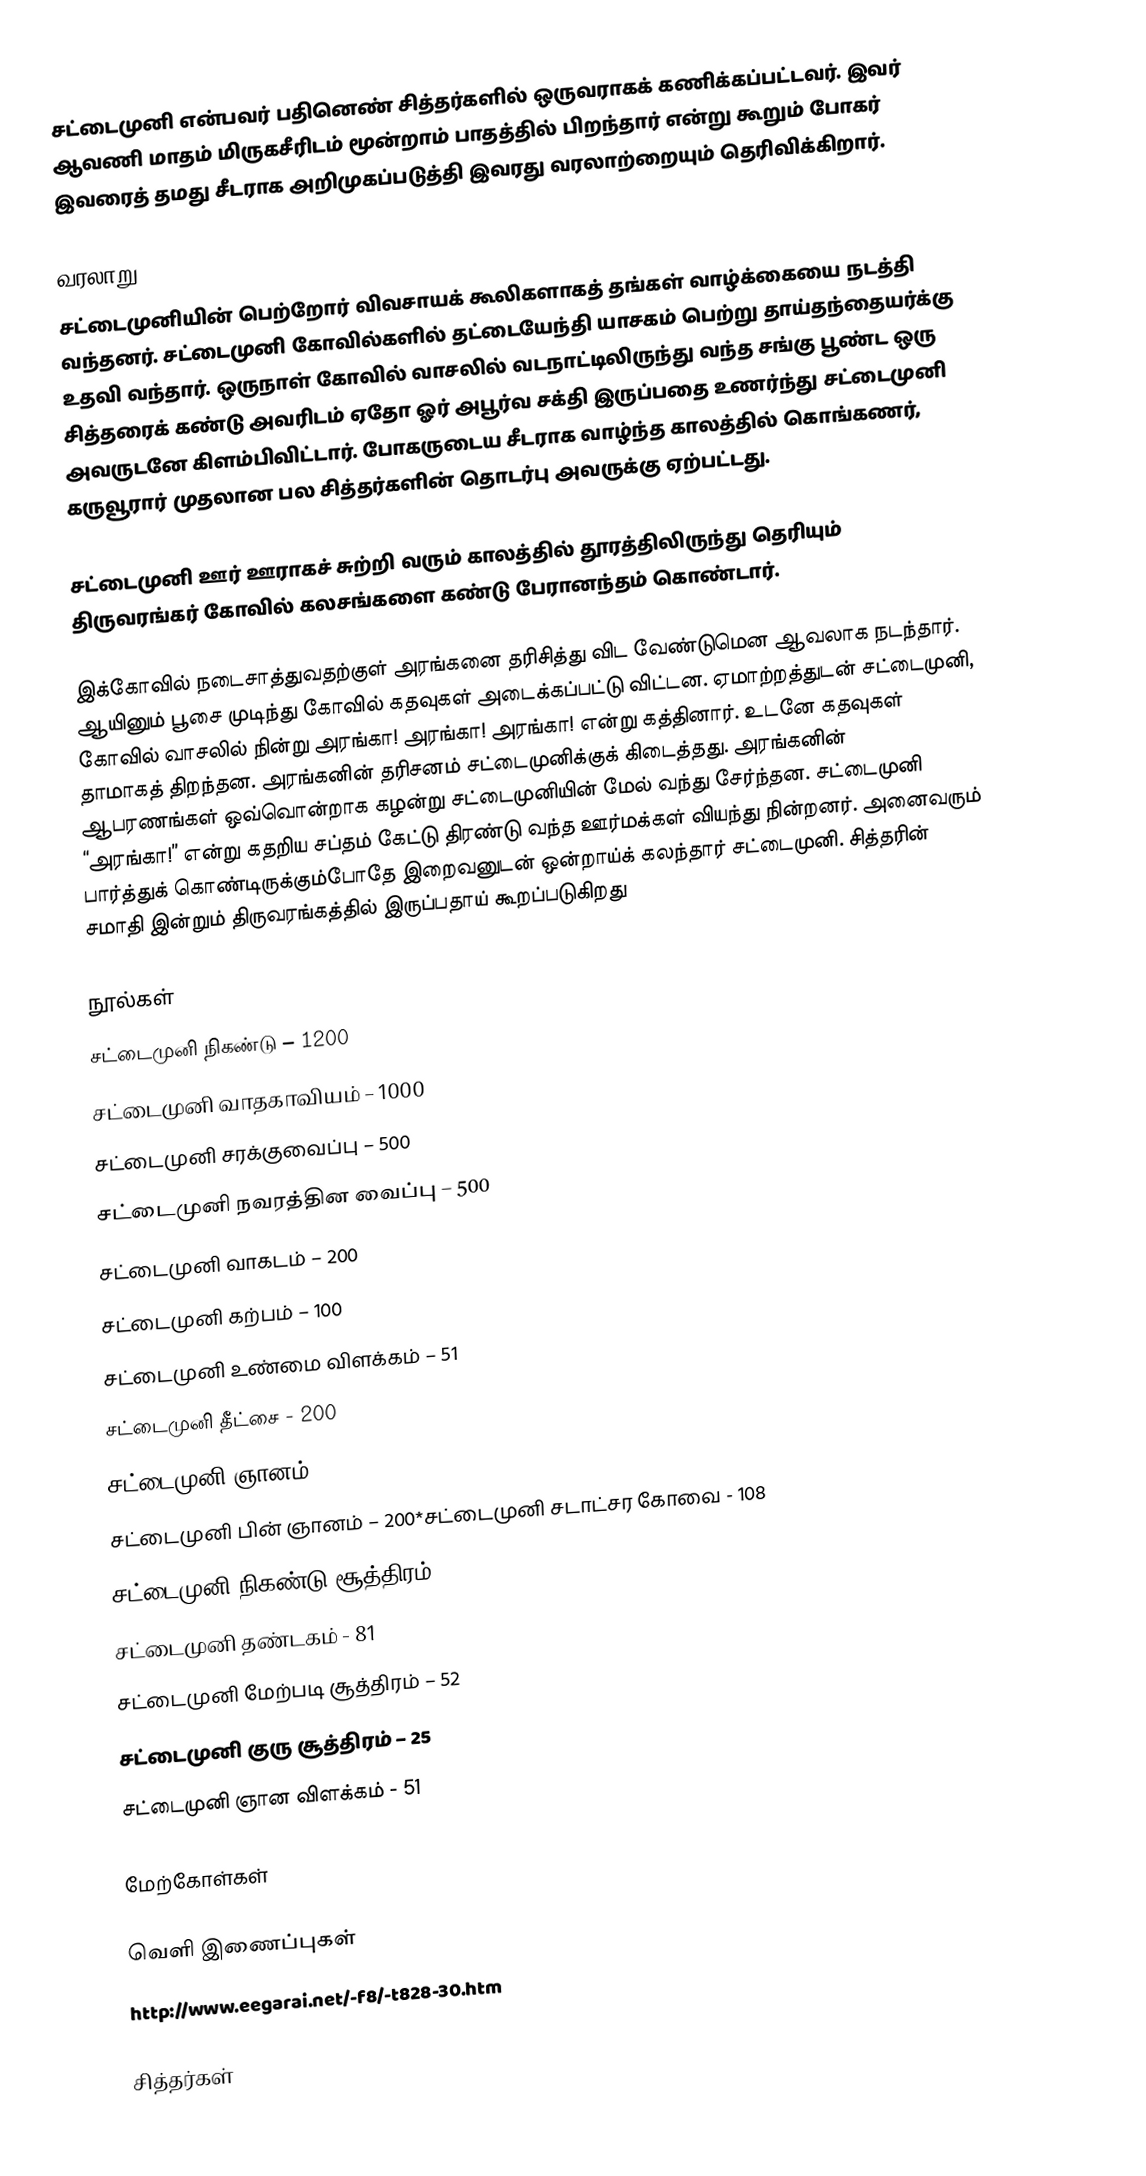
சட்டைமுனி என்பவர் பதினெண் சித்தர்களில் ஒருவராகக் கணிக்கப்பட்டவர். இவர் ஆவணி மாதம் மிருகசீரிடம் மூன்றாம் பாதத்தில் பிறந்தார்  என்று கூறும் போகர் இவரைத் தமது சீடராக அறிமுகப்படுத்தி இவரது வரலாற்றையும் தெரிவிக்கிறார்.

வரலாறு
சட்டைமுனியின் பெற்றோர் விவசாயக் கூலிகளாகத் தங்கள் வாழ்க்கையை நடத்தி வந்தனர். சட்டைமுனி கோவில்களில் தட்டையேந்தி யாசகம் பெற்று தாய்தந்தையர்க்கு உதவி வந்தார். ஒருநாள் கோவில் வாசலில் வடநாட்டிலிருந்து வந்த சங்கு பூண்ட ஒரு சித்தரைக் கண்டு அவரிடம் ஏதோ ஓர் அபூர்வ சக்தி இருப்பதை உணர்ந்து சட்டைமுனி அவருடனே கிளம்பிவிட்டார். போகருடைய சீடராக வாழ்ந்த காலத்தில் கொங்கணர், கருவூரார் முதலான பல சித்தர்களின் தொடர்பு அவருக்கு ஏற்பட்டது.

சட்டைமுனி ஊர் ஊராகச் சுற்றி வரும் காலத்தில் தூரத்திலிருந்து தெரியும் திருவரங்கர் கோவில் கலசங்களை கண்டு பேரானந்தம் கொண்டார்.

இக்கோவில் நடைசாத்துவதற்குள் அரங்கனை தரிசித்து விட வேண்டுமென ஆவலாக நடந்தார். ஆயினும் பூசை முடிந்து கோவில் கதவுகள் அடைக்கப்பட்டு விட்டன. ஏமாற்றத்துடன் சட்டைமுனி, கோவில் வாசலில் நின்று அரங்கா! அரங்கா! அரங்கா! என்று கத்தினார். உடனே கதவுகள் தாமாகத் திறந்தன. அரங்கனின் தரிசனம் சட்டைமுனிக்குக் கிடைத்தது. அரங்கனின் ஆபரணங்கள் ஒவ்வொன்றாக கழன்று சட்டைமுனியின் மேல் வந்து சேர்ந்தன. சட்டைமுனி “அரங்கா!” என்று கதறிய சப்தம் கேட்டு திரண்டு வந்த ஊர்மக்கள் வியந்து நின்றனர். அனைவரும் பார்த்துக் கொண்டிருக்கும்போதே இறைவனுடன் ஒன்றாய்க் கலந்தார் சட்டைமுனி. சித்தரின் சமாதி இன்றும் திருவரங்கத்தில் இருப்பதாய் கூறப்படுகிறது

நூல்கள்
சட்டைமுனி நிகண்டு – 1200
சட்டைமுனி வாதகாவியம் – 1000
சட்டைமுனி சரக்குவைப்பு – 500
சட்டைமுனி நவரத்தின வைப்பு – 500
சட்டைமுனி வாகடம் – 200
சட்டைமுனி கற்பம் – 100
சட்டைமுனி உண்மை விளக்கம் – 51
சட்டைமுனி தீட்சை - 200
சட்டைமுனி ஞானம் - 200
சட்டைமுனி பின் ஞானம் – 200*சட்டைமுனி சடாட்சர கோவை - 108
சட்டைமுனி நிகண்டு சூத்திரம் – 51
சட்டைமுனி தண்டகம் - 81
சட்டைமுனி மேற்படி சூத்திரம் – 52
சட்டைமுனி குரு சூத்திரம் – 25
சட்டைமுனி ஞான விளக்கம் - 51

மேற்கோள்கள்

வெளி இணைப்புகள்
http://www.eegarai.net/-f8/-t828-30.htm

சித்தர்கள்